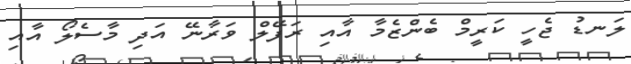
ލަނޑު ޖެހީ ކަރީމް ބެންޒެމާ އާއި ރަފޭލް ވަރާނޭ އަދި މާސެލޯ އާއި